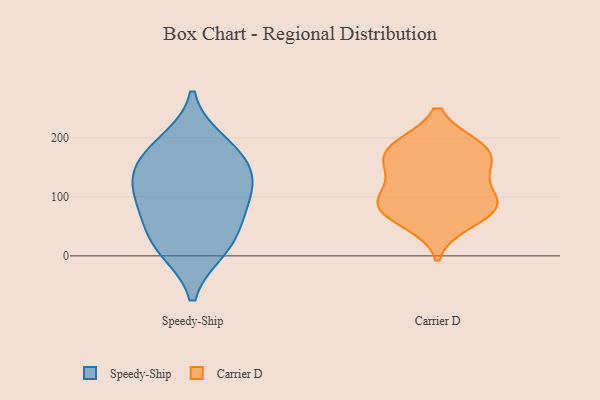
{"axis": {"x": "Headcount", "y": "Value"}, "legend": ["Carrier D", "Speedy-Ship"], "data": [{"x": "", "y": 112, "type": "Speedy-Ship"}, {"x": "", "y": 136, "type": "Speedy-Ship"}, {"x": "", "y": 52, "type": "Speedy-Ship"}, {"x": "", "y": 73, "type": "Speedy-Ship"}, {"x": "", "y": 15, "type": "Speedy-Ship"}, {"x": "", "y": 153, "type": "Speedy-Ship"}, {"x": "", "y": 10, "type": "Speedy-Ship"}, {"x": "", "y": 193, "type": "Speedy-Ship"}, {"x": "", "y": 175, "type": "Speedy-Ship"}, {"x": "", "y": 107, "type": "Speedy-Ship"}, {"x": "", "y": 184, "type": "Carrier D"}, {"x": "", "y": 147, "type": "Carrier D"}, {"x": "", "y": 86, "type": "Carrier D"}, {"x": "", "y": 96, "type": "Carrier D"}, {"x": "", "y": 57, "type": "Carrier D"}, {"x": "", "y": 83, "type": "Carrier D"}, {"x": "", "y": 178, "type": "Carrier D"}, {"x": "", "y": 86, "type": "Carrier D"}, {"x": "", "y": 185, "type": "Carrier D"}, {"x": "", "y": 146, "type": "Carrier D"}]}